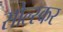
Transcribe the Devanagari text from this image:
सोल्स्कर